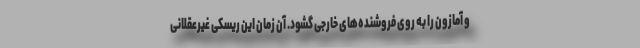
و آمازون را به روی فروشنده‌های خارجی گشود. آن زمان این ریسکی غیرعقلانی